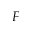
F